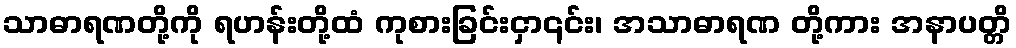
သာဓာရဏတို့ကို ရဟန်းတို့ထံ ကုစားခြင်းငှာ၎င်း၊ အသာဓာရဏ တို့ကား အနာပတ္တိ